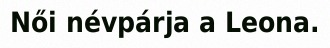
Női névpárja a Leona.